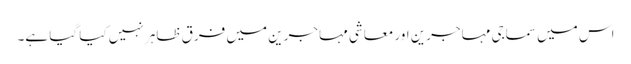
اس میں سماجی مہاجرین اور معاشی مہاجرین میں فرق ظاہر نہیں کیا گیا ہے۔